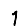
Digit: 1